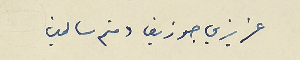
عزيزي جوزيف دمتم سالمين